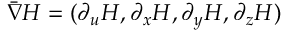
\bar { \nabla } H = ( \partial _ { u } H , \partial _ { x } H , \partial _ { y } H , \partial _ { z } H )